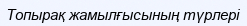
Топырақ жамылғысының түрлері